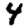
Digit: 4